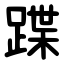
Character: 蹀